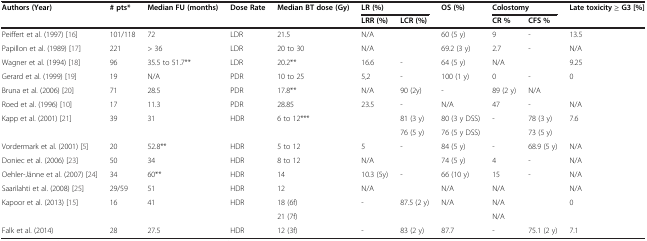
<table><thead><tr><td><b>Authors (Year)</b></td><td><b># pts*</b></td><td><b>Median FU (months)</b></td><td><b>Dose Rate</b></td><td><b>Median BT dose (Gy)</b></td><td colspan="2"><b>LR (%)</b></td><td><b>OS (%)</b></td><td colspan="2"><b>Colostomy</b></td><td><b>Late toxicity ≥ G3 [%]</b></td></tr><tr><td></td><td></td><td></td><td></td><td></td><td><b>LRR (%)</b></td><td><b>LCR (%)</b></td><td></td><td><b>CR %</b></td><td><b>CFS %</b></td><td></td></tr></thead><tbody><tr><td>Peiffert et al. (1997) [16]</td><td>101/118</td><td>72</td><td>LDR</td><td>21.5</td><td colspan="2">N/A</td><td>60 (5 y)</td><td>9</td><td>-</td><td>13.5</td></tr><tr><td>Papillon et al. (1989) [17]</td><td>221</td><td>&gt; 36</td><td>LDR</td><td>20 to 30</td><td colspan="2">N/A</td><td>69.2 (3 y)</td><td>2.7</td><td>-</td><td>N/A</td></tr><tr><td>Wagner et al. (1994) [18]</td><td>96</td><td>35.5 to 51.7**</td><td>LDR</td><td>20.2**</td><td>16.6</td><td>-</td><td>64 (5 y)</td><td colspan="2">N/A</td><td>9.25</td></tr><tr><td>Gerard et al. (1999) [19]</td><td>19</td><td>N/A</td><td>PDR</td><td>10 to 25</td><td>5,2</td><td>-</td><td>100 (1 y)</td><td>0</td><td>-</td><td>0</td></tr><tr><td>Bruna et al. (2006) [20]</td><td>71</td><td>28.5</td><td>PDR</td><td>17.8**</td><td>N/A</td><td>90 (2y)</td><td>-</td><td>89 (2 y)</td><td>N/A</td><td></td></tr><tr><td>Roed et al. (1996) [10]</td><td>17</td><td>11.3</td><td>PDR</td><td>28.85</td><td>23.5</td><td>-</td><td>N/A</td><td>47</td><td>-</td><td>N/A</td></tr><tr><td rowspan="2">Kapp et al. (2001) [21]</td><td rowspan="2">39</td><td rowspan="2">31</td><td rowspan="2">HDR</td><td rowspan="2">6 to 12***</td><td rowspan="2"></td><td>81 (3 y)</td><td>80 (3 y DSS)</td><td rowspan="2">-</td><td>78 (3 y)</td><td rowspan="2">7.6</td></tr><tr><td>76 (5 y)</td><td>76 (5 y DSS)</td><td>73 (5 y)</td></tr><tr><td>Vordermark et al. (2001) [5]</td><td>20</td><td>52.8**</td><td>HDR</td><td>5 to 12</td><td>5</td><td>-</td><td>84 (5 y)</td><td>-</td><td>68.9 (5 y)</td><td>N/A</td></tr><tr><td>Doniec et al. (2006) [23]</td><td>50</td><td>34</td><td>HDR</td><td>8 to 12</td><td colspan="2">N/A</td><td>74 (5 y)</td><td>4</td><td>-</td><td>N/A</td></tr><tr><td>Oehler-Jänne et al. (2007) [24]</td><td>34</td><td>60**</td><td>HDR</td><td>14</td><td>10.3 (5y)</td><td>-</td><td>66 (10 y)</td><td>15</td><td>-</td><td>N/A</td></tr><tr><td>Saarilahti et al. (2008) [25]</td><td>29/59</td><td>51</td><td>HDR</td><td>12</td><td colspan="2">N/A</td><td>N/A</td><td colspan="2">N/A</td><td>N/A</td></tr><tr><td rowspan="2">Kapoor et al. (2013) [15]</td><td rowspan="2">16</td><td rowspan="2">41</td><td rowspan="2">HDR</td><td>18 (6f)</td><td rowspan="2">-</td><td rowspan="2">87.5 (2 y)</td><td rowspan="2">N/A</td><td colspan="2">N/A</td><td rowspan="2">0</td></tr><tr><td>21 (7f)</td><td colspan="2">N/A</td></tr><tr><td>Falk et al. (2014)</td><td>28</td><td>27.5</td><td>HDR</td><td>12 (3f)</td><td>-</td><td>83 (2 y)</td><td>87.7</td><td>-</td><td>75.1 (2 y)</td><td>7.1</td></tr></tbody></table>